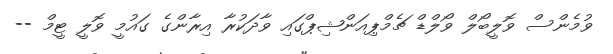
ވުމެންސް ވޮލީބޯލް ވޯލްޑް ޗެމްޕިއަންޝިޕްގައި ވާދަކުރާ އިރާންގެ ގައުމީ ވޮލީ ޓީމް --